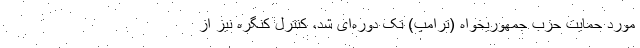
مورد حمایت حزب جمهوریخواه (ترامپ) تک دوره‌ای شد، کنترل کنگره نیز از